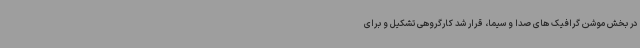
در بخش موشن گرافیک های صدا و سیما، قرار شد کارگروهی تشکیل و برای